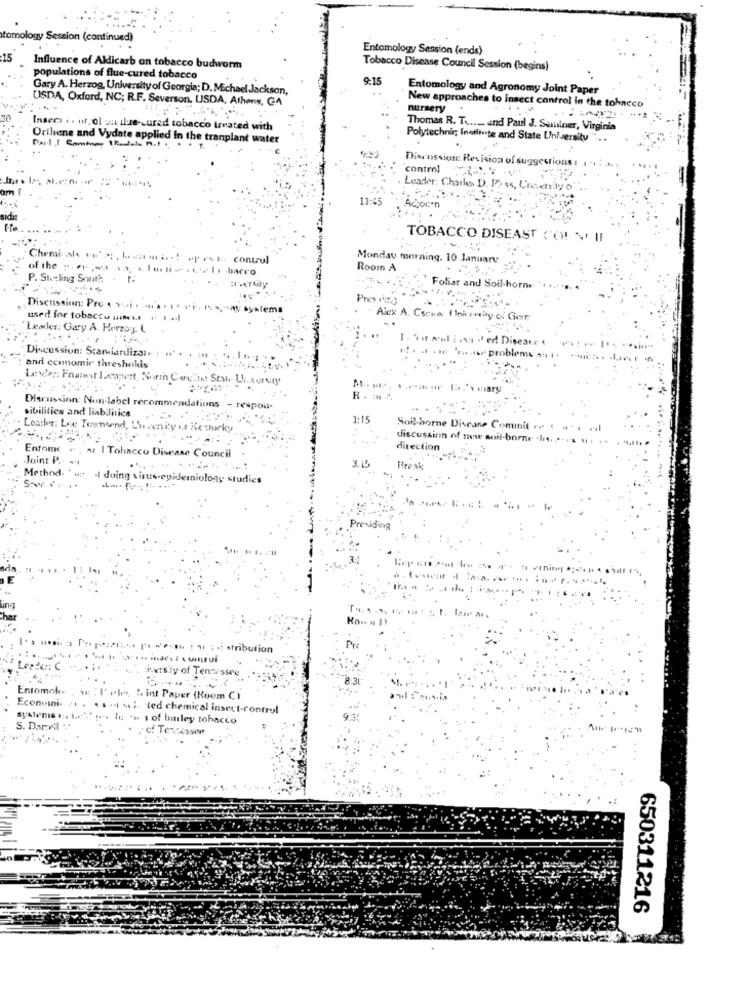
tomology Session (continued)
Entomology Session (ends)
15
Influence of Aldicarb on tobacco budworm
Tobacco Disease Council Session (begins)
populations of flue-cured tobacco
9:15
Gary A. Herzog, University of Georgia; D. Michael Jackson,
Entomology and Agronomy Joint Paper
USDA, Oxford, NC; R.F. Severson, USDA, Athens, GA
nursery
New approaches to insect control in the tobacco
Insec .. nf ol ou ilue-cured tobacco treated with
Thomas R. T ...... and Paul J. Seminer, Virginia
Orthene and Vydate applied In the tranplant water
Pail I Commen
Polytechnic, Inelinvite and State University " .,
Discussion Revision of suggestions
control
. Leader: Charles D. Pass, Ure.enity o
11:45
Accor'n
TOBACCO DISEAST C'O! N II
Chemi al+
.. ........ ... control
Monday morning. 10 January
of the :
of the ". er ,wa ra, Llerti . veli bacco
Room A
P. Sterling South.
Foliar and Soil-horn
Pres ring
Discussion: Pro
Discussion: Pre- . .... . ... .. . v. 1, Systems
used for tobacco une .. . ...
Alex A. Csena ( lniv-way of Ger
Leser: Gary A. Herzog. L
....
Discussion: Stariardizal
w. pro
and economic thresholds
Are th: Stale U.sorry
Discussion: Non-label recomme
R. m .
adations - respon-
sibilities and liabilities
1:15
Leader: Lowe Townsend, L'is
turky
Soil horne Discane Commit
discussion of new acil-borne -his. ..
direction
Joint P ..
Entomc . . ar I Tobacco Disease Council
3.15
Prest
Method. ' .. . I doing virus-e
Berniolony studies
Previden
: . i stribution
Bily of Ten- ssee
Econvini-
int Paper (Room C)
"led chemical insect-control
in ... 1of burley tobacco
S. Dareil
. ci Te Casser
650311216